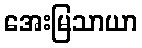
အေးမြသာယာ